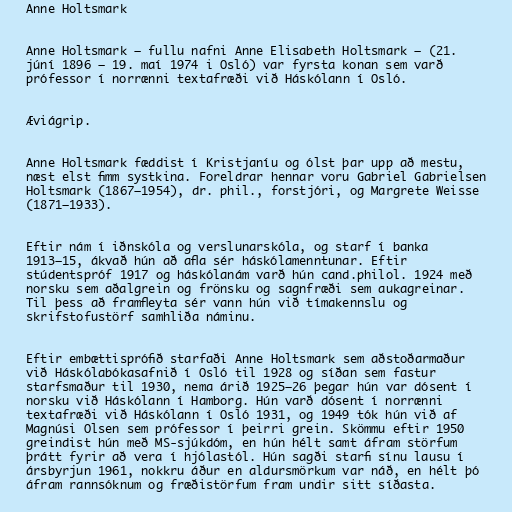
Anne Holtsmark

Anne Holtsmark – fullu nafni Anne Elisabeth Holtsmark – (21.
júní 1896 – 19. maí 1974 i Osló) var fyrsta konan sem varð
prófessor í norrænni textafræði við Háskólann í Osló.

Æviágrip.

Anne Holtsmark fæddist í Kristjaníu og ólst þar upp að mestu,
næst elst fimm systkina. Foreldrar hennar voru Gabriel Gabrielsen
Holtsmark (1867–1954), dr. phil., forstjóri, og Margrete Weisse
(1871–1933).

Eftir nám í iðnskóla og verslunarskóla, og starf í banka
1913–15, ákvað hún að afla sér háskólamenntunar. Eftir
stúdentspróf 1917 og háskólanám varð hún cand.philol. 1924 með
norsku sem aðalgrein og frönsku og sagnfræði sem aukagreinar.
Til þess að framfleyta sér vann hún við tímakennslu og
skrifstofustörf samhliða náminu.

Eftir embættisprófið starfaði Anne Holtsmark sem aðstoðarmaður
við Háskólabókasafnið í Osló til 1928 og síðan sem fastur
starfsmaður til 1930, nema árið 1925–26 þegar hún var dósent í
norsku við Háskólann í Hamborg. Hún varð dósent í norrænni
textafræði við Háskólann í Osló 1931, og 1949 tók hún við af
Magnúsi Olsen sem prófessor í þeirri grein. Skömmu eftir 1950
greindist hún með MS-sjúkdóm, en hún hélt samt áfram störfum
þrátt fyrir að vera í hjólastól. Hún sagði starfi sínu lausu í
ársbyrjun 1961, nokkru áður en aldursmörkum var náð, en hélt þó
áfram rannsóknum og fræðistörfum fram undir sitt síðasta.